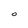
Character: O